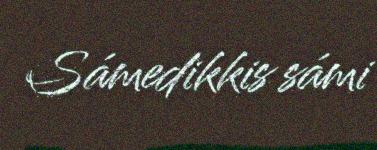
Sámedikkis sámi